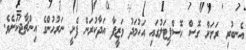
އެނބުރި ރަށަށް ގޮސް ހޮސްޕިޓަލުގައި އަހުމަދު ވަޒީފާ އަދާކުރަން ފެށީ ނަރުހުންގެ އިންޗާޖަކަށެވެ.